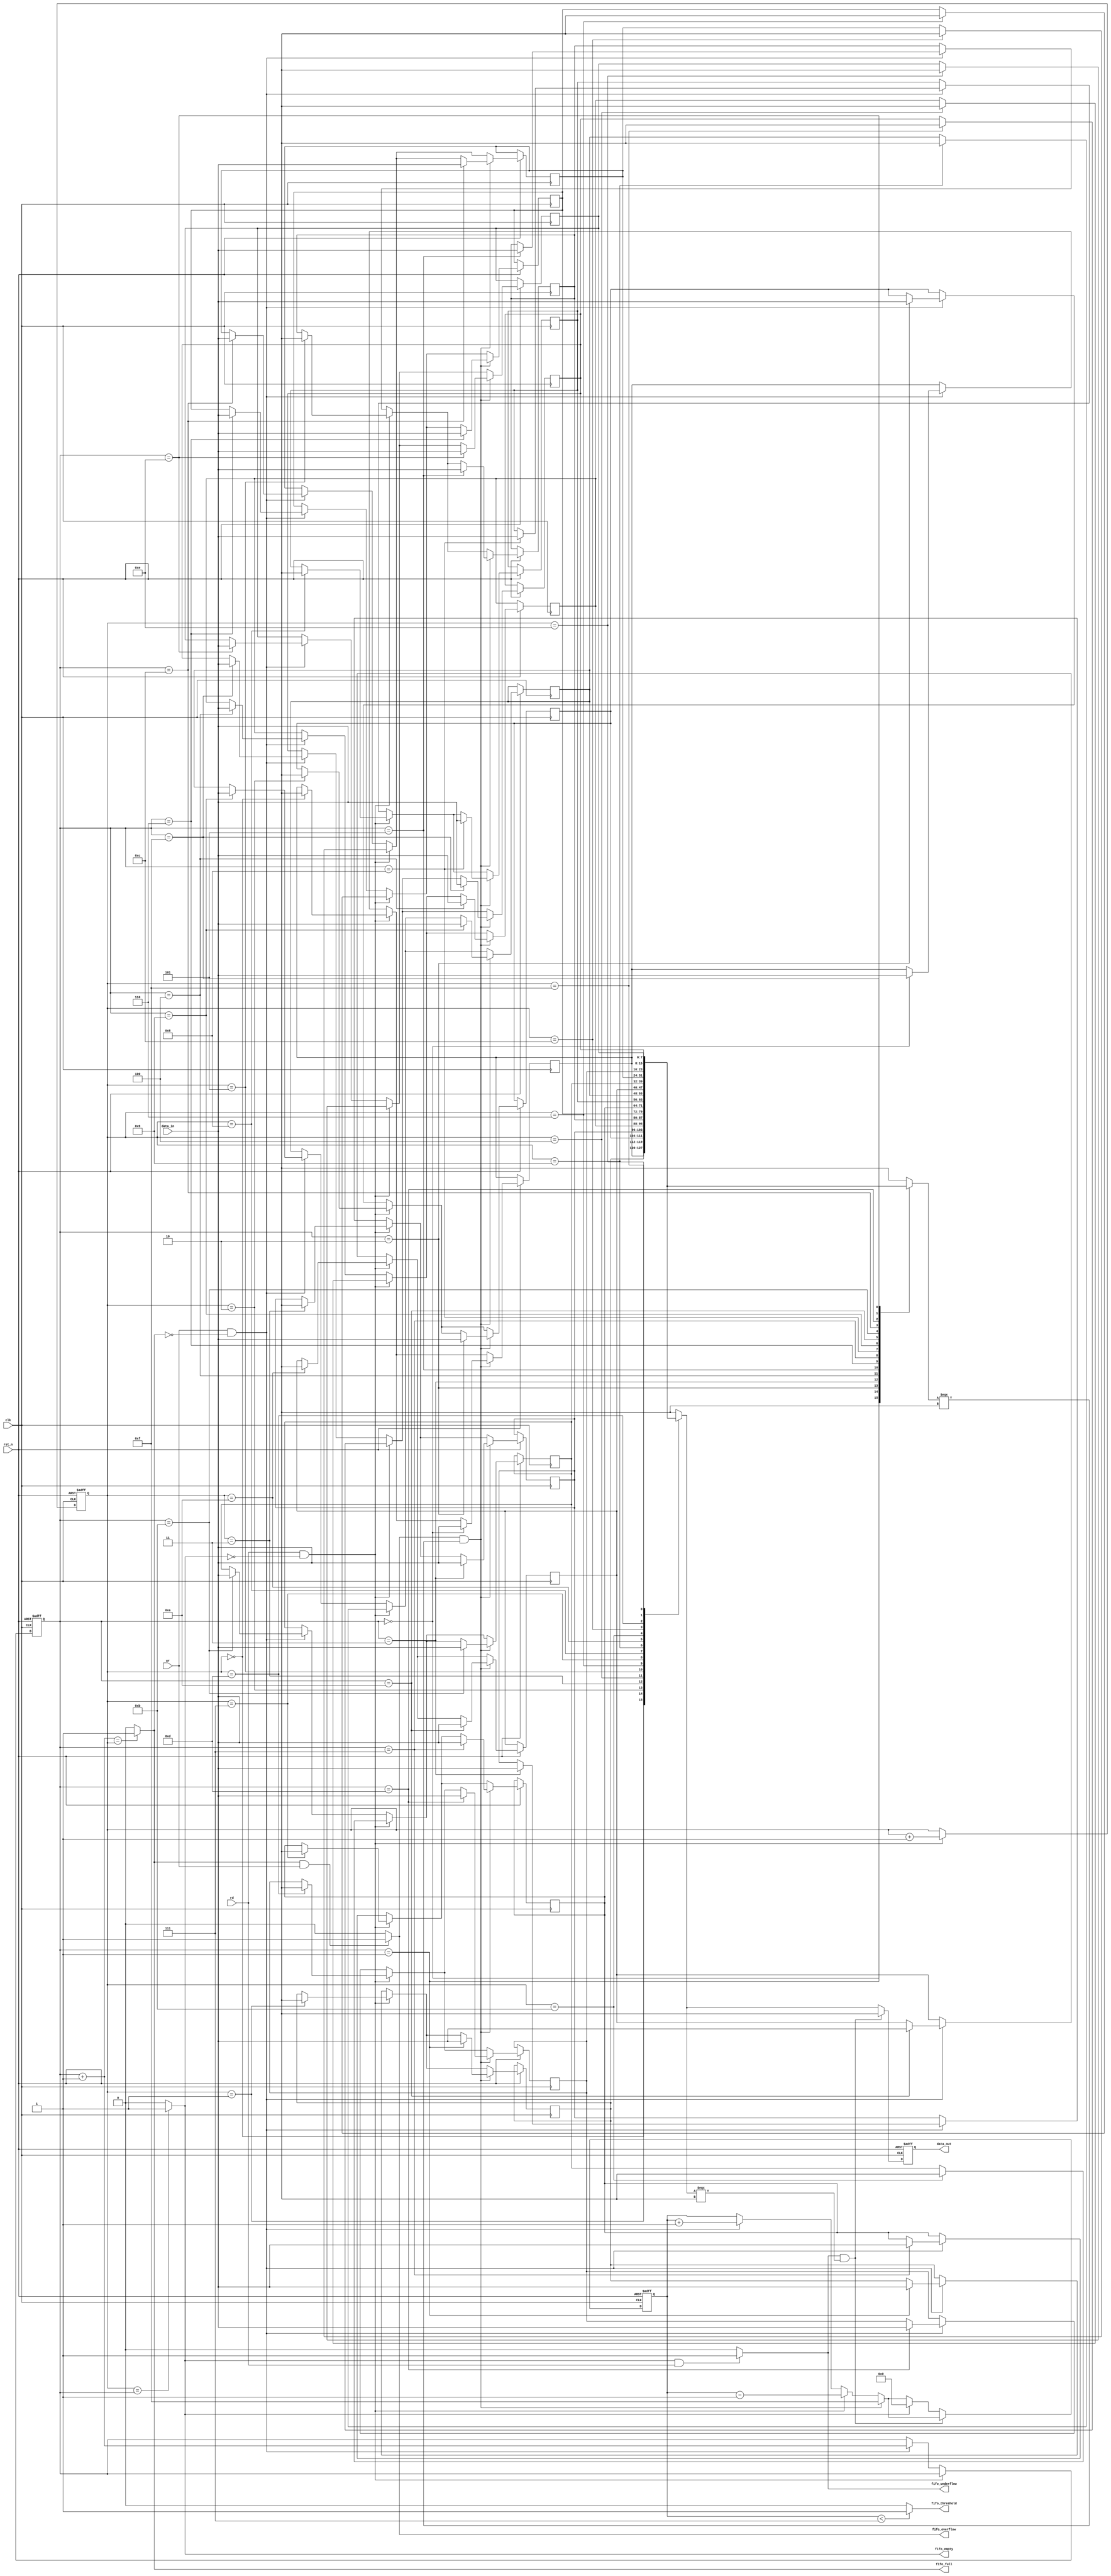
module fifo_memory(
  input wire wr,
  input wire rd,
  input wire clk,
  input wire rst_n,
  input wire [7:0] data_in,
  output reg [7:0] data_out,
  output fifo_full,
  output fifo_empty, 
  output fifo_threshold,
  output fifo_underflow,
  output fifo_overflow
);

  // Function to find the next value of the current write index value but if 4 bit width
  function automatic [3:0] find_next_write(input [3:0] write_ptr);
    find_next_write = write_ptr + 1'b1;
  endfunction

  localparam [3:0] THRESHOLD = 4'd7;
  reg [3:0] threshold_counter = 4'b0;
  reg [7:0] mem [16];
  reg [3:0] read_index = 1'b0;
  reg [3:0] write_index = 1'b0;


  assign fifo_full = find_next_write(write_index) == read_index ? 1'b1 : 1'b0;
  assign fifo_empty = (read_index == write_index) ? 1'b1 : 1'b0;
  assign fifo_threshold = (threshold_counter < THRESHOLD) ? 1'b1 : 1'b0;
  assign fifo_underflow = (fifo_empty && rd)  ? 1'b1 : 1'b0;
  assign fifo_overflow = (fifo_full && wr)  ? 1'b1 : 1'b0;


  always @(posedge clk or negedge rst_n) begin
    if(~rst_n) begin
      write_index <= 1'b0;
      read_index <= 1'b0;
      data_out <= 8'bxxxx_xxxx;
      threshold_counter <= 4'd0;
    end else begin
      if(rd == 1'b1 && ~fifo_empty) begin
        data_out <= mem[read_index];
        mem[read_index] <= 8'bxxxx_xxxx;
        read_index <= read_index +1'b1;
        threshold_counter <= threshold_counter - 1'b1;
      end else if(wr == 1'b1 && ~fifo_full)begin
        mem[write_index] <= data_in;
        write_index <= write_index +1'b1;
        threshold_counter <= threshold_counter + 1'b1;
      end

      if(fifo_overflow &&  mem[write_index] === 8'bxxxxxxxx) begin
        mem[write_index] <= data_in;
        threshold_counter <= 4'd15;
      end

      if(fifo_underflow && mem[read_index] === 8'bxxxxxxxx) begin
        data_out <= 8'bxxxx_xxxx;    
      end else begin 
        data_out <= mem[read_index];
        if (fifo_empty) begin
          threshold_counter <= 4'd0;
        end
      end
    end
  end
endmodule